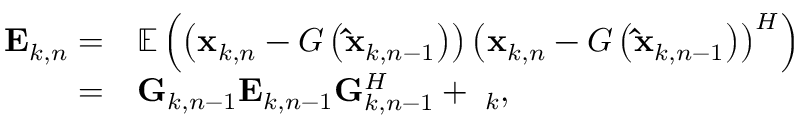
\begin{array} { r l } { { { \bf { E } } _ { k , n } } = } & { { \mathbb E } \left( { \left( { { { \bf { x } } _ { k , n } } - { \cal G } \left( { { { { \bf { \hat { x } } } } _ { k , n - 1 } } } \right) } \right) { { \left( { { { \bf { x } } _ { k , n } } - { \cal G } \left( { { { { \bf { \hat { x } } } } _ { k , n - 1 } } } \right) } \right) } ^ { H } } } \right) } \\ { = } & { { { \bf { G } } _ { k , n - 1 } } { { \bf { E } } _ { k , n - 1 } } { \bf { G } } _ { k , n - 1 } ^ { H } + { { \bf { \Sigma } } _ { k } } , } \end{array}